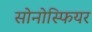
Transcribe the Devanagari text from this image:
सोनोस्फियर